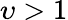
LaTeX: \upsilon>1